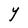
Character: Y